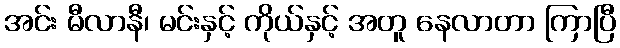
အင်း မီလာနီ၊ မင်းနှင့် ကိုယ်နှင့် အတူ နေလာတာ ကြာပြီ